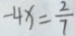
- 4 x = \frac { 2 } { 7 }